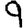
Digit: 9